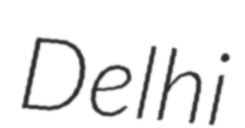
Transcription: Delhi